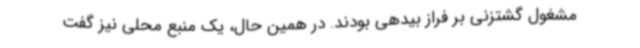
مشغول گشتزنی بر فراز بیدهی بودند. در همین حال، یک منبع محلی نیز گفت